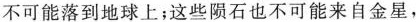
不可能落到地球上；这些陨石也不可能来自金星，